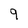
Character: 9